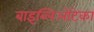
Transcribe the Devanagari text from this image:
बाइब्लिओटेका